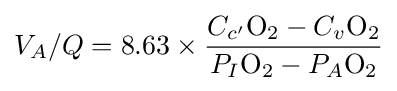
V_{A}/Q=8.63\times {\frac {C_{c'}{\ce {O2}}-C_{v}{\ce {O2}}}{P_{I}{\ce {O2}}-P_{A}{\ce {O2}}}}